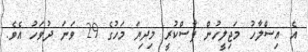
އެ އިސްލާހު މަޖިލީހުން ފާސްކުރީ މިދިޔަ މަހުގެ 29 ވަނަ ދުވަހު އެވެ.